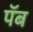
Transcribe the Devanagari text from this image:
पॅब